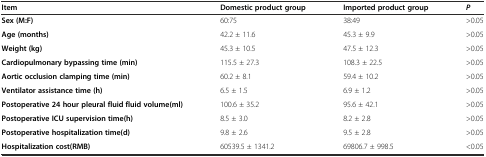
<table><thead><tr><td><b>Item</b></td><td><b>Domestic product group</b></td><td><b>Imported product group</b></td><td><b><i>P</i></b></td></tr></thead><tbody><tr><td><b>Sex (M:F)</b></td><td>60:75</td><td>38:49</td><td>&gt;0.05</td></tr><tr><td><b>Age (months)</b></td><td>42.2 ± 11.6</td><td>45.3 ± 9.9</td><td>&gt;0.05</td></tr><tr><td><b>Weight (kg)</b></td><td>45.3 ± 10.5</td><td>47.5 ± 12.3</td><td>&gt;0.05</td></tr><tr><td><b>Cardiopulmonary bypassing time (min)</b></td><td>115.5 ± 27.3</td><td>108.3 ± 22.5</td><td>&gt;0.05</td></tr><tr><td><b>Aortic occlusion clamping time (min)</b></td><td>60.2 ± 8.1</td><td>59.4 ± 10.2</td><td>&gt;0.05</td></tr><tr><td><b>Ventilator assistance time (h)</b></td><td>6.5 ± 1.5</td><td>6.9 ± 1.2</td><td>&gt;0.05</td></tr><tr><td><b>Postoperative 24 hour pleural fluid fluid volume(ml)</b></td><td>100.6 ± 35.2</td><td>95.6 ± 42.1</td><td>&gt;0.05</td></tr><tr><td><b>Postoperative ICU supervision time(h)</b></td><td>8.5 ± 3.0</td><td>8.2 ± 2.8</td><td>&gt;0.05</td></tr><tr><td><b>Postoperative hospitalization time(d)</b></td><td>9.8 ± 2.6</td><td>9.5 ± 2.8</td><td>&gt;0.05</td></tr><tr><td><b>Hospitalization cost(RMB)</b></td><td>60539.5 ± 1341.2</td><td>69806.7 ± 998.5</td><td>&lt;0.05</td></tr></tbody></table>